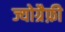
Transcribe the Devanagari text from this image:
ज्योग्रैफ़ी